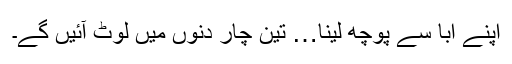
اپنے ابا سے پوچھ لینا… تین چار دنوں میں لوٹ آئیں گے۔